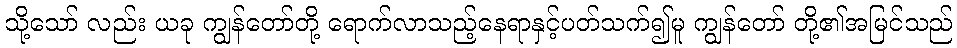
သို့သော် လည်း ယခု ကျွန်တော်တို့ ရောက်လာသည့်နေရာနှင့်ပတ်သက်၍မူ ကျွန်တော် တို့၏အမြင်သည်